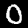
Digit: 0